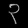
Digit: ၃